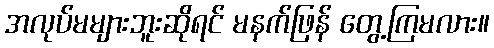
အလုပ်မများဘူးဆိုရင် မနက်ဖြန် တွေ့ကြမလား။